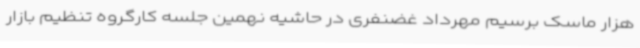
هزار ماسک برسیم مهرداد غضنفری در حاشیه نهمین جلسه کارگروه تنظیم بازار